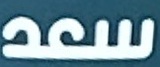
سعد